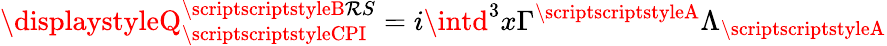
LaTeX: \displaystyleQ_{\scriptscriptstyleCPI}^{\scriptscriptstyleB\mathcal{R}S}=i\intd^{3}x\Gamma^{\scriptscriptstyleA}\Lambda_{\scriptscriptstyleA}